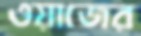
ওয়াজের